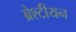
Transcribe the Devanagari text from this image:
ब्रेश्टीयन